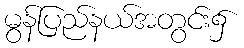
မွန်ပြည်နယ်အတွင်း၌